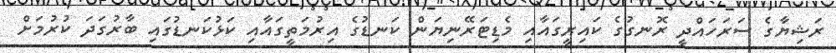
ރަޝިޔާގެ ސަރަހައްދީ ރޮނގުގެ ކައިރީގައާއި މެޑިޓަރޭނިޔަން ކަނޑުގެ އިރުމަތީގައާއި ކަޅުކަނޑުގައި ބާރުގަދަ ކުރުމަށް